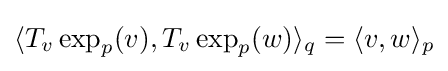
\langle T_{v}\exp _{p}(v),T_{v}\exp _{p}(w)\rangle _{q}=\langle v,w\rangle _{p}